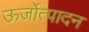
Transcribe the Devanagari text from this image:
ऊर्जोत्पादन